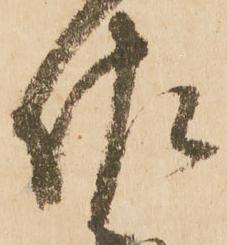
作